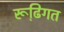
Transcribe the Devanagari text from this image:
रूढि़गत